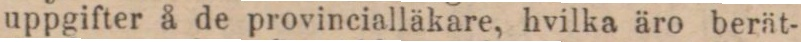
uppgifter å de provincialläkare, hvilka äro berät-